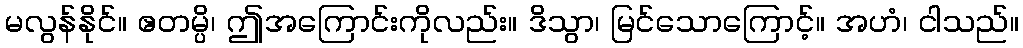
မလွန်နိုင်။ ဧတမ္ပိ၊ ဤအကြောင်းကိုလည်း။ ဒိသွာ၊ မြင်သောကြောင့်။ အဟံ၊ ငါသည်။